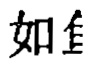
如隹